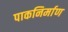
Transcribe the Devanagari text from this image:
पाकनिर्माण